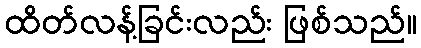
ထိတ်လန့်ခြင်းလည်း ဖြစ်သည်။